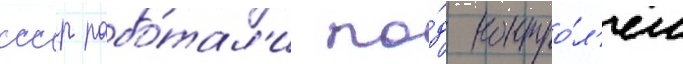
ссср рабо́тал'и по́д контро́л'ем